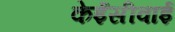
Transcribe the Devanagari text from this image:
केईसीवाई